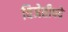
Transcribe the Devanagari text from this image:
विजेतीपदे